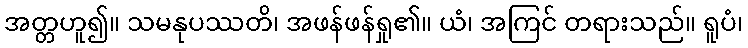
အတ္တဟူ၍။ သမနုပဿတိ၊ အဖန်ဖန်ရှု၏။ ယံ၊ အကြင် တရားသည်။ ရူပံ၊